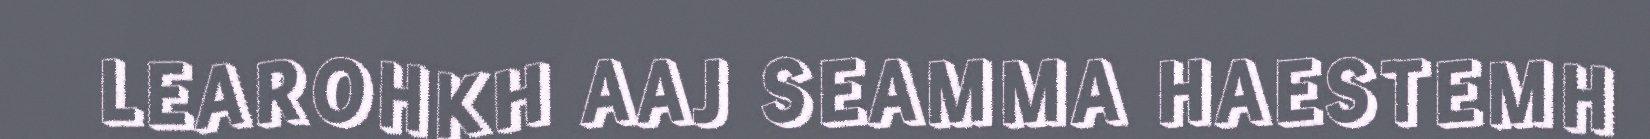
LEAROHKH AAJ SEAMMA HAESTEMH